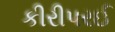
કીરીપરઈ